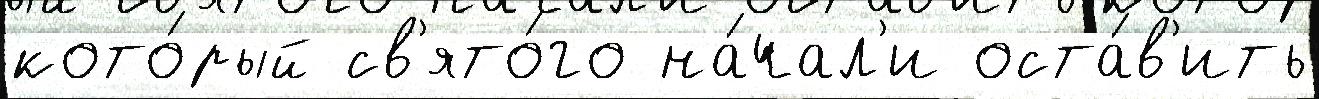
кото́рый св'ято́го на́чал'и оста́в'ить